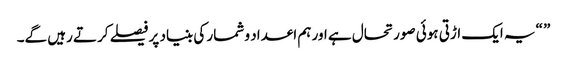
” “یہ ایک اڑتی ہوئی صورتحال ہے اور ہم اعداد و شمار کی بنیاد پر فیصلے کرتے رہیں گے۔